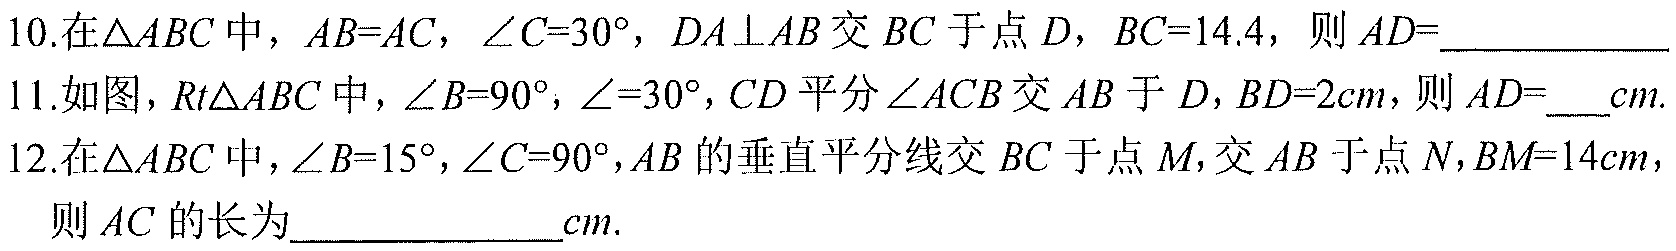
10.在$\triangle ABC$中，$AB = AC$，$\angle C = 30^{\circ}$，$DA\perp AB$交$BC$于点$D$，$BC = 14.4$，则$AD =$__________
11.如图，$Rt\triangle ABC$中，$\angle B = 90^{\circ}$，$\angle=30^{\circ}$，$CD$平分$\angle ACB$交$AB$于$D$，$BD = 2cm$，则$AD =$___$cm$.
12.在$\triangle ABC$中，$\angle B = 15^{\circ}$，$\angle C = 90^{\circ}$，$AB$的垂直平分线交$BC$于点$M$，交$AB$于点$N$，$BM = 14cm$，则$AC$的长为____________$cm$.